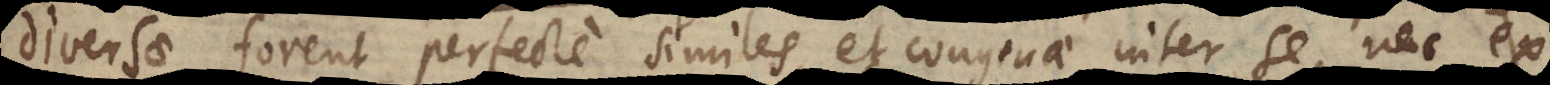
diversae forent perfecte similes, et congruae inter se, nec ex